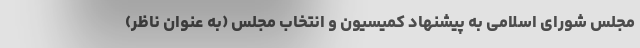
مجلس شورای اسلامی به پیشنهاد کمیسیون و انتخاب مجلس (به عنوان ناظر)